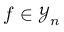
f \in \mathcal { Y } _ { n }